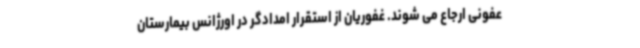
عفونی ارجاع می شوند. غفوریان از استقرار امدادگر در اورژانس بیمارستان